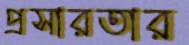
প্রসারতার